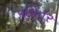
પવિતર